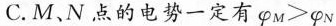
C.M、N点的电势一定有\varphi_{M}＞\varphi_{N}